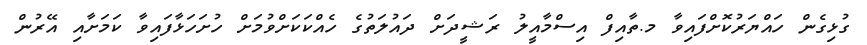
ގުޅިގެން ހައްޔަރުކޮށްފައިވާ މ.ތާއިފް އިސްމާއީލު ރަޝީދަށް ދައުލަތުގެ ހެއްކަކަށްވުމަށް ހުށަހަޅާފައިވާ ކަމަށާއި އޭރުން